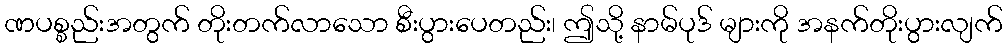
ဏပစ္စည်းအတွက် တိုးတက်လာသော စီးပွားပေတည်း၊ ဤသို့ နာမ်ပုဒ် များကို အနက်တိုးပွားလျက်